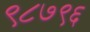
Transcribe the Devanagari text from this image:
९८७९६